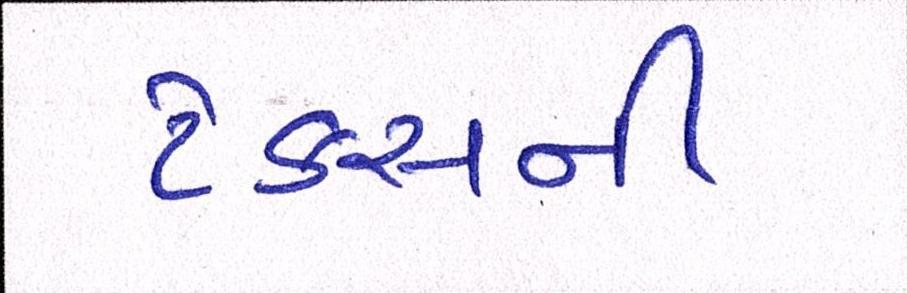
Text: ટેકસની